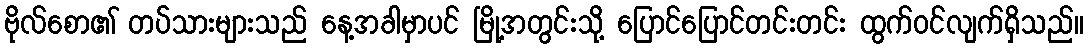
ဗိုလ်စော၏ တပ်သားများသည် နေ့အခါမှာပင် မြို့အတွင်းသို့ ပြောင်ပြောင်တင်းတင်း ထွက်ဝင်လျက်ရှိသည်။